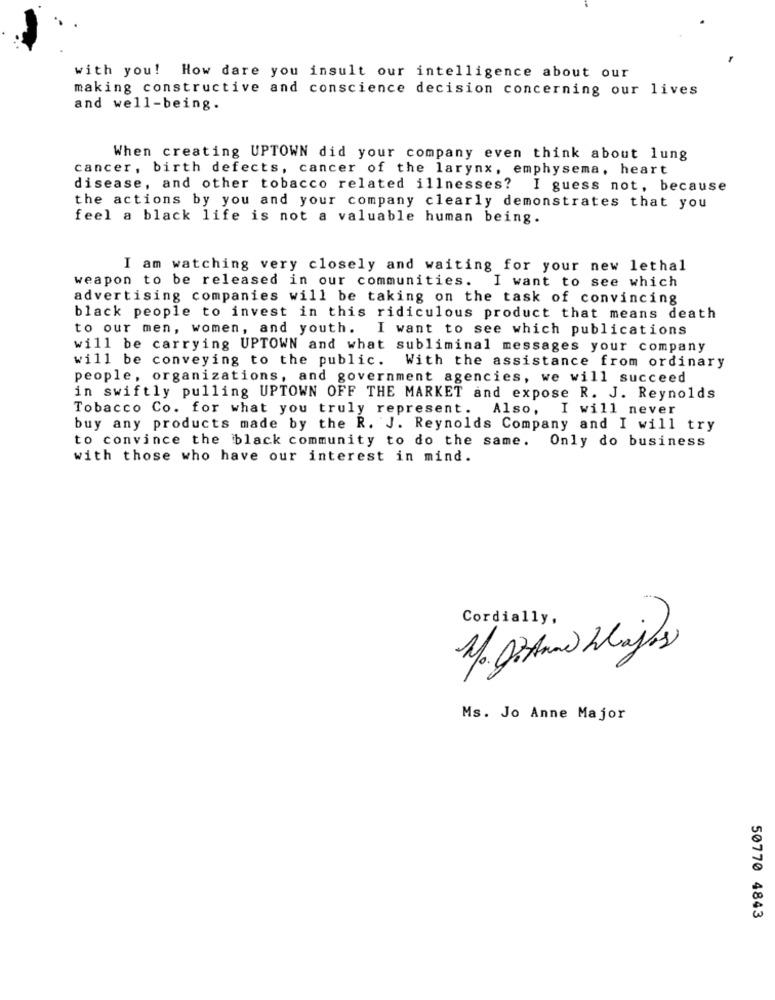
with you! How dare you insult our intelligence about our
making constructive and conscience decision concerning our lives
and well-being.
When creating UPTOWN did your company even think about lung
cancer, birth defects, cancer of the larynx, emphysema, heart
disease, and other tobacco related illnesses? ]
I guess not, because
the actions by you and your company clearly demonstrates that you
feel a black life is not a valuable human being.
I am watching very closely and waiting for your new lethal
weapon to be released in our communities.
I want to see which
advertising companies will be taking on the task of convincing
black people to invest in this ridiculous product that means death
to our men, women, and youth. I want to see which publications
will be carrying UPTOWN and what subliminal messages your company
will be conveying to the public.
With the assistance from ordinary
people, organizations, and government agencies, we will succeed
in swiftly pulling UPTOWN OFF THE MARKET and expose R. J. Reynolds
Tobacco Co. for what you truly represent. Also,
I will never
buy any products made by the R. J. Reynolds Company and I will try
to convince the black community to do the same.
Only do business
with those who have our interest in mind.
Cordially,
..
Ms. Jo Anne Major
50770 4843